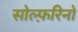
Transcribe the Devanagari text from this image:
सोल्फ़रिनो